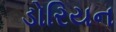
ડોરિયન